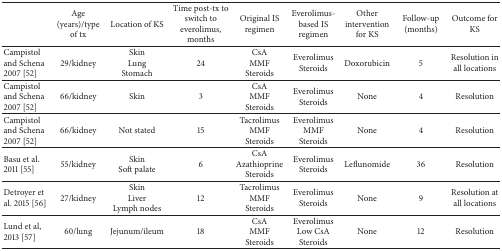
<table><thead><tr><td><b> </b></td><td><b>Age (years)/type of tx</b></td><td><b>Location of KS</b></td><td><b>Time post-tx to switch to everolimus, months</b></td><td><b>Original IS regimen</b></td><td><b>Everolimus-based IS regimen</b></td><td><b>Other intervention for KS</b></td><td><b>Follow-up (months)</b></td><td><b>Outcome for KS</b></td></tr></thead><tbody><tr><td> Campistol and Schena 2007 [52]</td><td>29/kidney</td><td>SkinLung Stomach</td><td>24 </td><td>CsAMMFSteroids</td><td>EverolimusSteroids</td><td>Doxorubicin</td><td>5</td><td>Resolution in all locations</td></tr><tr><td>Campistol and Schena 2007 [52]</td><td>66/kidney</td><td>Skin</td><td>3</td><td>CsAMMFSteroids</td><td>EverolimusSteroids</td><td>None</td><td>4</td><td>Resolution</td></tr><tr><td>Campistol and Schena 2007 [52]</td><td>66/kidney</td><td>Not stated</td><td>15</td><td>TacrolimusMMFSteroids</td><td>EverolimusMMFSteroids</td><td>None</td><td>4</td><td>Resolution</td></tr><tr><td>Basu et al. 2011 [55]</td><td>55/kidney</td><td>SkinSoft palate</td><td>6</td><td>CsAAzathioprineSteroids</td><td>EverolimusSteroids</td><td>Leflunomide</td><td>36</td><td>Resolution</td></tr><tr><td>Detroyer et al. 2015 [56]</td><td>27/kidney</td><td>SkinLiverLymph nodes</td><td>12</td><td>TacrolimusMMFSteroids</td><td>EverolimusSteroids</td><td>None</td><td>9</td><td>Resolution at all locations</td></tr><tr><td>Lund et al, 2013 [57]</td><td>60/lung</td><td>Jejunum/ileum</td><td>18</td><td>CsAMMFSteroids</td><td>EverolimusLow CsASteroids</td><td>None</td><td>12</td><td>Resolution</td></tr></tbody></table>